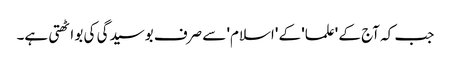
جب کہ آج کے 'علما' کے 'اسلام' سے صرف بوسیدگی کی بو اٹھتی ہے۔